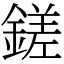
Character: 鎈